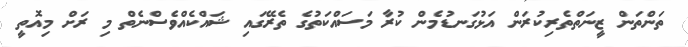
ތަންތަން ޒީނަތްތެރިކުރަން އަޅުގަނޑުމެން ކުރާ މަސައްކަތުގެ ތެރޭގައި ޝައްކެއްވެސްނެތް މި ރަށް މިއޮތީ